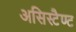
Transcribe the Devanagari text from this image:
असिस्टैण्ट